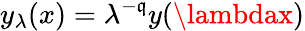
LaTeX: y_{\lambda}(x)=\lambda^{-\mathfrak{q}}y(\lambdax)